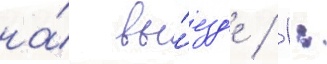
на́ вы́езд'е / 1: